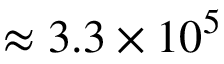
\approx 3 . 3 \times 1 0 ^ { 5 }